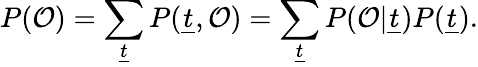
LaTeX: P(\mathcal{O})=\sum_{\underline{{t}}}P({\underline{{t}}},\mathcal{O})=\sum_{\underline{{t}}}P(\mathcal{O}|{\underline{{t}}})P({\underline{{t}}}).